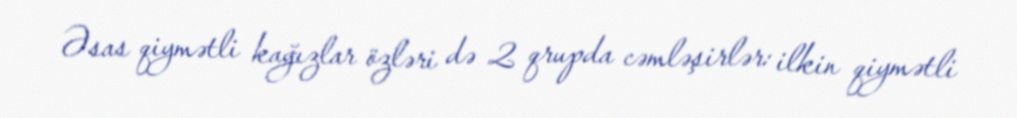
Əsas qiymətli kağızlar özləri də 2 qrupda cəmləşirlər: ilkin qiymətli